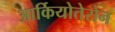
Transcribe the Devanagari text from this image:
आर्कियोतेरोन